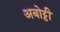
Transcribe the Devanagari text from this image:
अबोट्टी